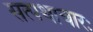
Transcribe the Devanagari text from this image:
सत्पथाचारः